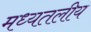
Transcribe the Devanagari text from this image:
मध्यतलीय